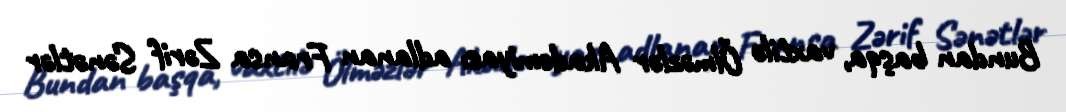
Bundan başqa, vaxtilə Ölməzlər Akademiyası adlanan Fransa Zərif Sənətlər